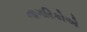
નાગરિકોએ